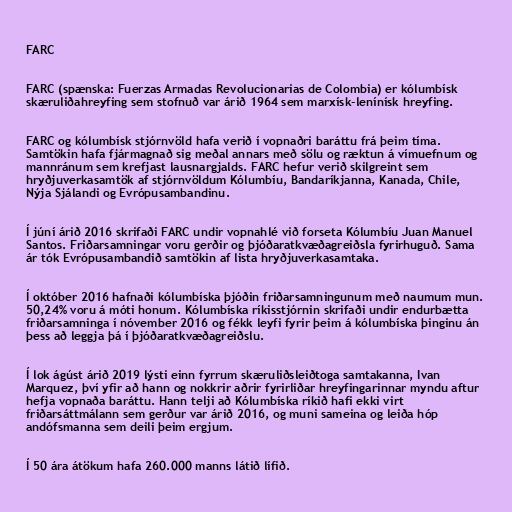
FARC

FARC (spænska: Fuerzas Armadas Revolucionarias de Colombia) er kólumbísk
skæruliðahreyfing sem stofnuð var árið 1964 sem marxísk-lenínísk hreyfing.

FARC og kólumbísk stjórnvöld hafa verið í vopnaðri baráttu frá þeim tíma.
Samtökin hafa fjármagnað sig meðal annars með sölu og ræktun á vímuefnum og
mannránum sem krefjast lausnargjalds. FARC hefur verið skilgreint sem
hryðjuverkasamtök af stjórnvöldum Kólumbíu, Bandaríkjanna, Kanada, Chile,
Nýja Sjálandi og Evrópusambandinu.

Í júní árið 2016 skrifaði FARC undir vopnahlé við forseta Kólumbíu Juan Manuel
Santos. Friðarsamningar voru gerðir og þjóðaratkvæðagreiðsla fyrirhuguð. Sama
ár tók Evrópusambandið samtökin af lista hryðjuverkasamtaka.

Í október 2016 hafnaði kólumbíska þjóðin friðarsamningunum með naumum mun.
50,24% voru á móti honum. Kólumbíska ríkisstjórnin skrifaði undir endurbætta
friðarsamninga í nóvember 2016 og fékk leyfi fyrir þeim á kólumbíska þinginu án
þess að leggja þá í þjóðaratkvæðagreiðslu.

Í lok ágúst árið 2019 lýsti einn fyrrum skæruliðsleiðtoga samtakanna, Ivan
Marquez, því yfir að hann og nokkrir aðrir fyrirliðar hreyfingarinnar myndu aftur
hefja vopnaða baráttu. Hann telji að Kólumbíska ríkið hafi ekki virt
friðarsáttmálann sem gerður var árið 2016, og muni sameina og leiða hóp
andófsmanna sem deili þeim ergjum.

Í 50 ára átökum hafa 260.000 manns látið lífið.